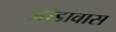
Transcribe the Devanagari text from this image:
ओडावास